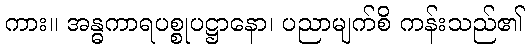
ကား။ အန္ဓကာရပစ္စုပဋ္ဌာနော၊ ပညာမျက်စိ ကန်းသည်၏